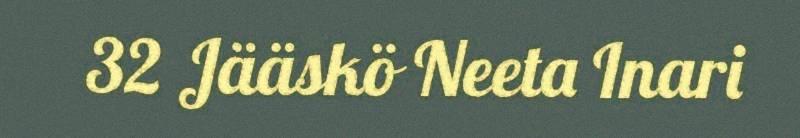
32 Jääskö Neeta Inari